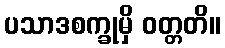
ပသာဒစက္ခုမှိ ဝတ္တတိ။